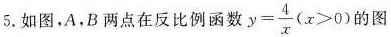
5.如图，A，B两点在反比例函数 $$y= \frac{4}{x}(x>0)$$ 的图